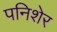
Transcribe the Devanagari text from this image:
पनिशेर